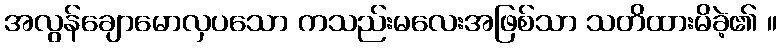
အလွန်ချောမောလှပသော ကသည်းမလေးအဖြစ်သာ သတိထားမိခဲ့၏ ။